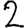
Digit: 2